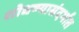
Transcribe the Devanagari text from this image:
शोधण्यासंदर्भात